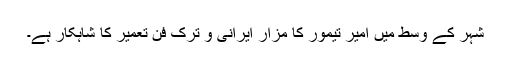
شہر کے وسط میں امیر تیمور کا مزار ایرانی و ترک فن تعمیر کا شاہکار ہے۔